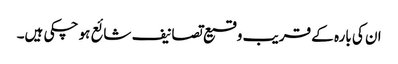
ان کی بارہ کے قریب وقیع تصانیف شائع ہو چکی ہیں۔